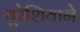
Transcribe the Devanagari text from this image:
युरेशियाने